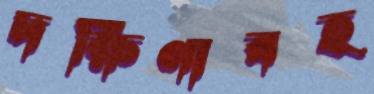
দক্ষিণাবহ